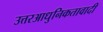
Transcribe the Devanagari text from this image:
उत्तरआधुनिकतावादी